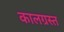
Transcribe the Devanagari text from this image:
कालग्रस्त